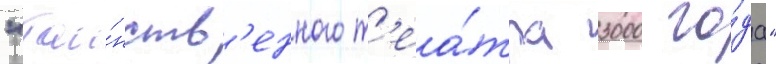
"таи́нств'енного т'еа́тра 3000 го́да"